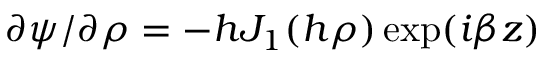
\partial \psi / \partial \rho = - h J _ { 1 } ( h \rho ) \exp ( i \beta z )